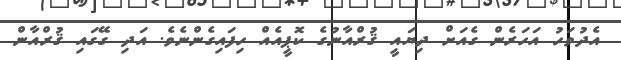
އެދުވަހު އަހަރެން ގެއަށް ދިޔައީ ޤުރްއާނުގެ ކޮޕީއެއް ހިފައިގެންނެވެ. އަދި ގޭގައި ޤުރްއާން